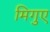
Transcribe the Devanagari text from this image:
मिगुए